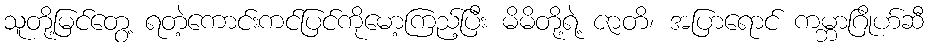
သူတို့မြင်တွေ့ ရတဲ့ကောင်းကင်ပြင်ကိုမော့ကြည့်ပြီး မိမိတို့ရဲ့ ဇာတိ၊ အပြာရောင် ကမ္ဘာဂြိုဟ်ဆီ